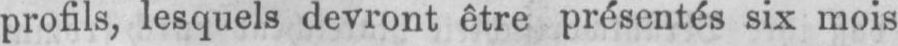
profils, lesquels devront être présentés six mois